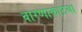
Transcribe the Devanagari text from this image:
वारणाकाठचा